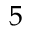
5